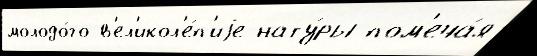
молодо́го в'ел'икол'е́п'иjе нату́ры пом'еча́я